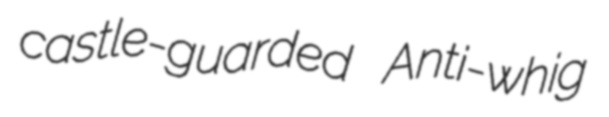
castle-guarded Anti-whig